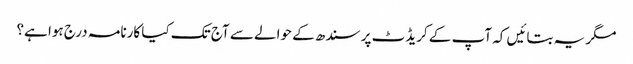
مگر یہ بتائیں کہ آپ کے کریڈٹ پر سندھ کے حوالے سے آج تک کیا کارنامہ درج ہوا ہے؟